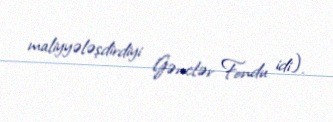
maliyyələşdirdiyi Gənclər Fondu idi).